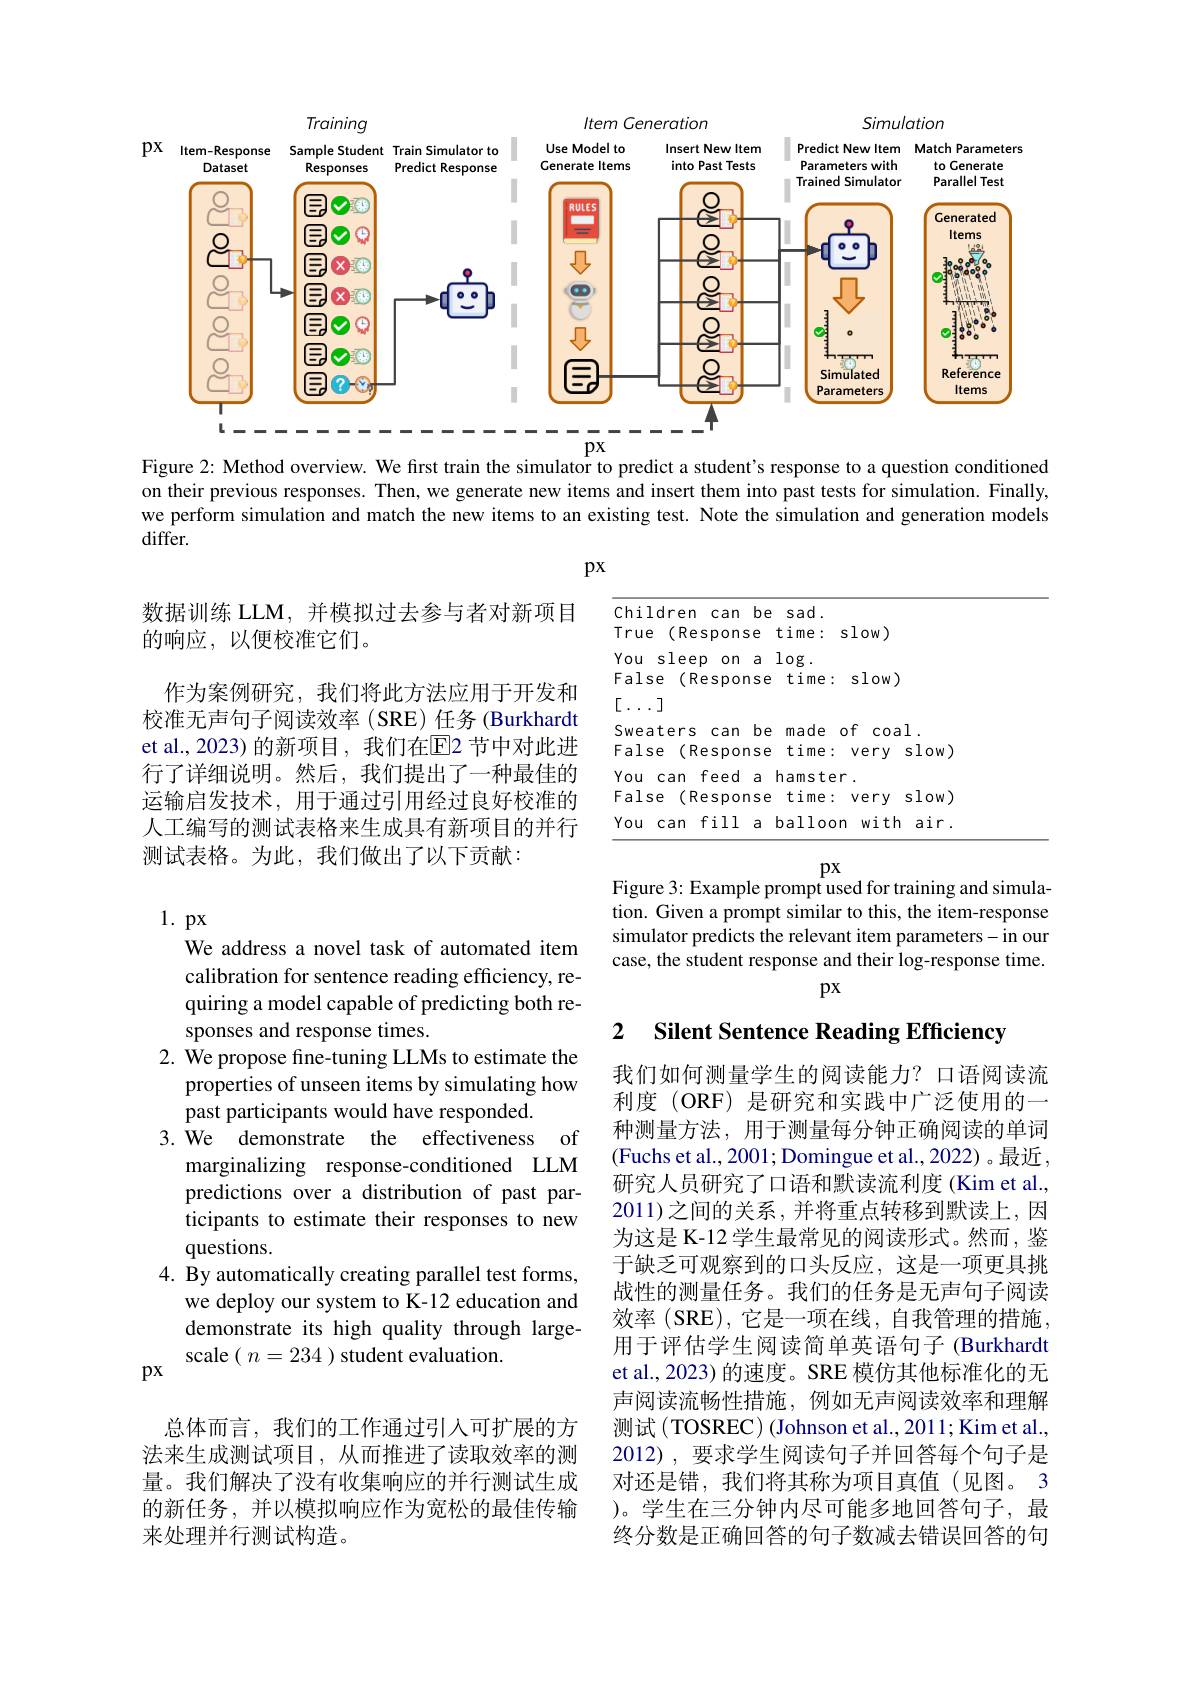
$px$
<FigureHere>
Figure 2: Method overview. We first train the simulator to predict a student's response to a question conditioned

on their previous responses. Then, we generate new items and insert them into past tests for simulation. Finally, we perform simulation and match the new items to an existing test. Note the simulation and generation models $differ.$

px

<FigureHere>

数据训练 LLM,并模拟过去参与者对新项目
的响应，以便校准它们。
作为案例研究，我们将此方法应用于开发和校准无声句子阅读效率(SRE)任务(Burkhardt et al.,2023) 的新项目，我们在$\overline{\mathrm{E}}$2 节中对此进行了详细说明。然后，我们提出了一种最佳的运输启发技术，用于通过引用经过良好校准的人工编写的测试表格来生成具有新项目的并行测试表格。为此，我们做出了以下贡献：

$px$
Figure 3: Example prompt used for training and simulation. Given a prompt similar to this, the item-response simulator predicts the relevant item parameters-in our case, the student response and their log-response time.

$px$

## 2 $\textbf{Silent Sentence Reading Efficiency}$

1. px
We address a novel task of automated item calibration for sentence reading efficiency, requiring a model capable of predicting both responses and response times.
2. We propose fine-tuning LLMs to estimate the
properties of unseen items by simulating how
past participants would have responded.
3. We demonstrate the effectiveness of
marginalizing response-conditioned LLM predictions over a distribution of past participants to estimate their responses to new questions.
4. By automatically creating parallel test forms,
we deploy our system to K-12 education and demonstrate its high quality through largescale ( $n=234$ ) student evaluation.
$px$

我们如何测量学生的阅读能力？口语阅读流利度 (ORF) 是研究和实践中广泛使用的一种测量方法，用于测量每分钟正确阅读的单词(Fuchs et al., 2001; Domingue et al., 2022)。最近， 研究人员研究了口语和默读流利度(Kim et al., 2011)之间的关系，并将重点转移到默读上，因为这是 K-12 学生最常见的阅读形式。然而，鉴于缺乏可观察到的口头反应，这是一项更具挑战性的测量任务。我们的任务是无声句子阅读效率(SRE),它是一项在线，自我管理的措施， 用于评估学生阅读简单英语句子 (Burkhardt et al., 2023) 的速度。SRE 模仿其他标准化的无声阅读流畅性措施，例如无声阅读效率和理解测试(TOSREC) (Johnson et al., 2011; Kim et al., 2012),要求学生阅读句子并回答每个句子是对还是错，我们将其称为项目真值(见图。3 )。学生在三分钟内尽可能多地回答句子，最终分数是正确回答的句子数减去错误回答的句

总体而言，我们的工作通过引入可扩展的方法来生成测试项目，从而推进了读取效率的测量。我们解决了没有收集响应的并行测试生成的新任务，并以模拟响应作为宽松的最佳传输来处理并行测试构造。